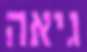
גיאה